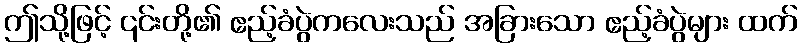
ဤသို့ဖြင့် ၎င်းတို့၏ ဧည့်ခံပွဲကလေးသည် အခြားသော ဧည့်ခံပွဲများ ထက်